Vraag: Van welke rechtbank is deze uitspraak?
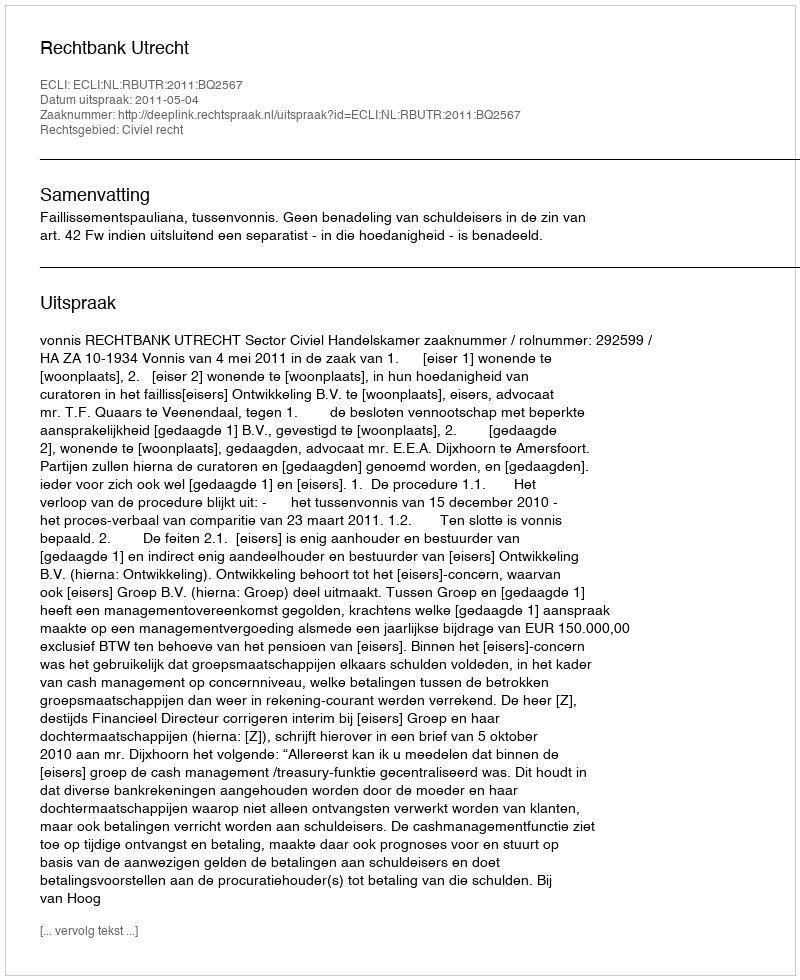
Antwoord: Rechtbank Utrecht